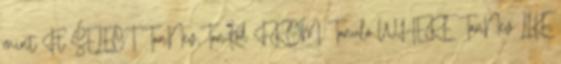
mint Ft SELECT TanNev,TanKod FROM Tanulo WHERE TanNev LIKE